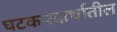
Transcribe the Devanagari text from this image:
घटकपदार्थातील